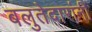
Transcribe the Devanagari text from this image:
बलुतेदारांनी